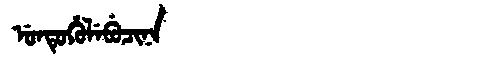
Manchu: ᡠᠨᡨᡠᡥᡠᠯᡝᠪᡠᠴᡳᠨᠠ
Romanization: UNTUHULEBUCINA